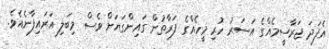
އެފަދަ ޖަރާސީމެއްގެ އަސަރު ހުރި މީހެއްގެ ފަރާތުން ގައިންގަޔަށް ވެސް މިބަލި އަރައިފާނެއެވެ.